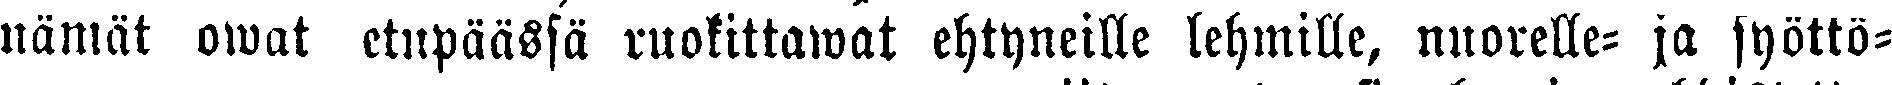
nämät owat etupäässä ruokittawat ehtyneille lehmille, nuorelle- ja syöttö-